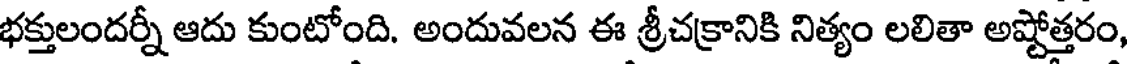
భక్తులందర్నీ ఆదు కుంటోంది. అందువలన ఈ శ్రీచక్రానికి నిత్యం లలితా అష్టోత్తరం,